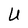
Character: U